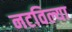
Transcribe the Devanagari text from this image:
नटविल्या